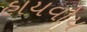
હાયવોય